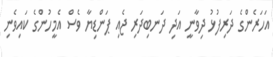
އަހަރެންގެ ދަރިފުޅު ދިވާނީ އަދި ދަނބިދަރި ޖެއި ޕަންޑިޔާ ވެސް އެމީހުންގެ ކައިވެނި